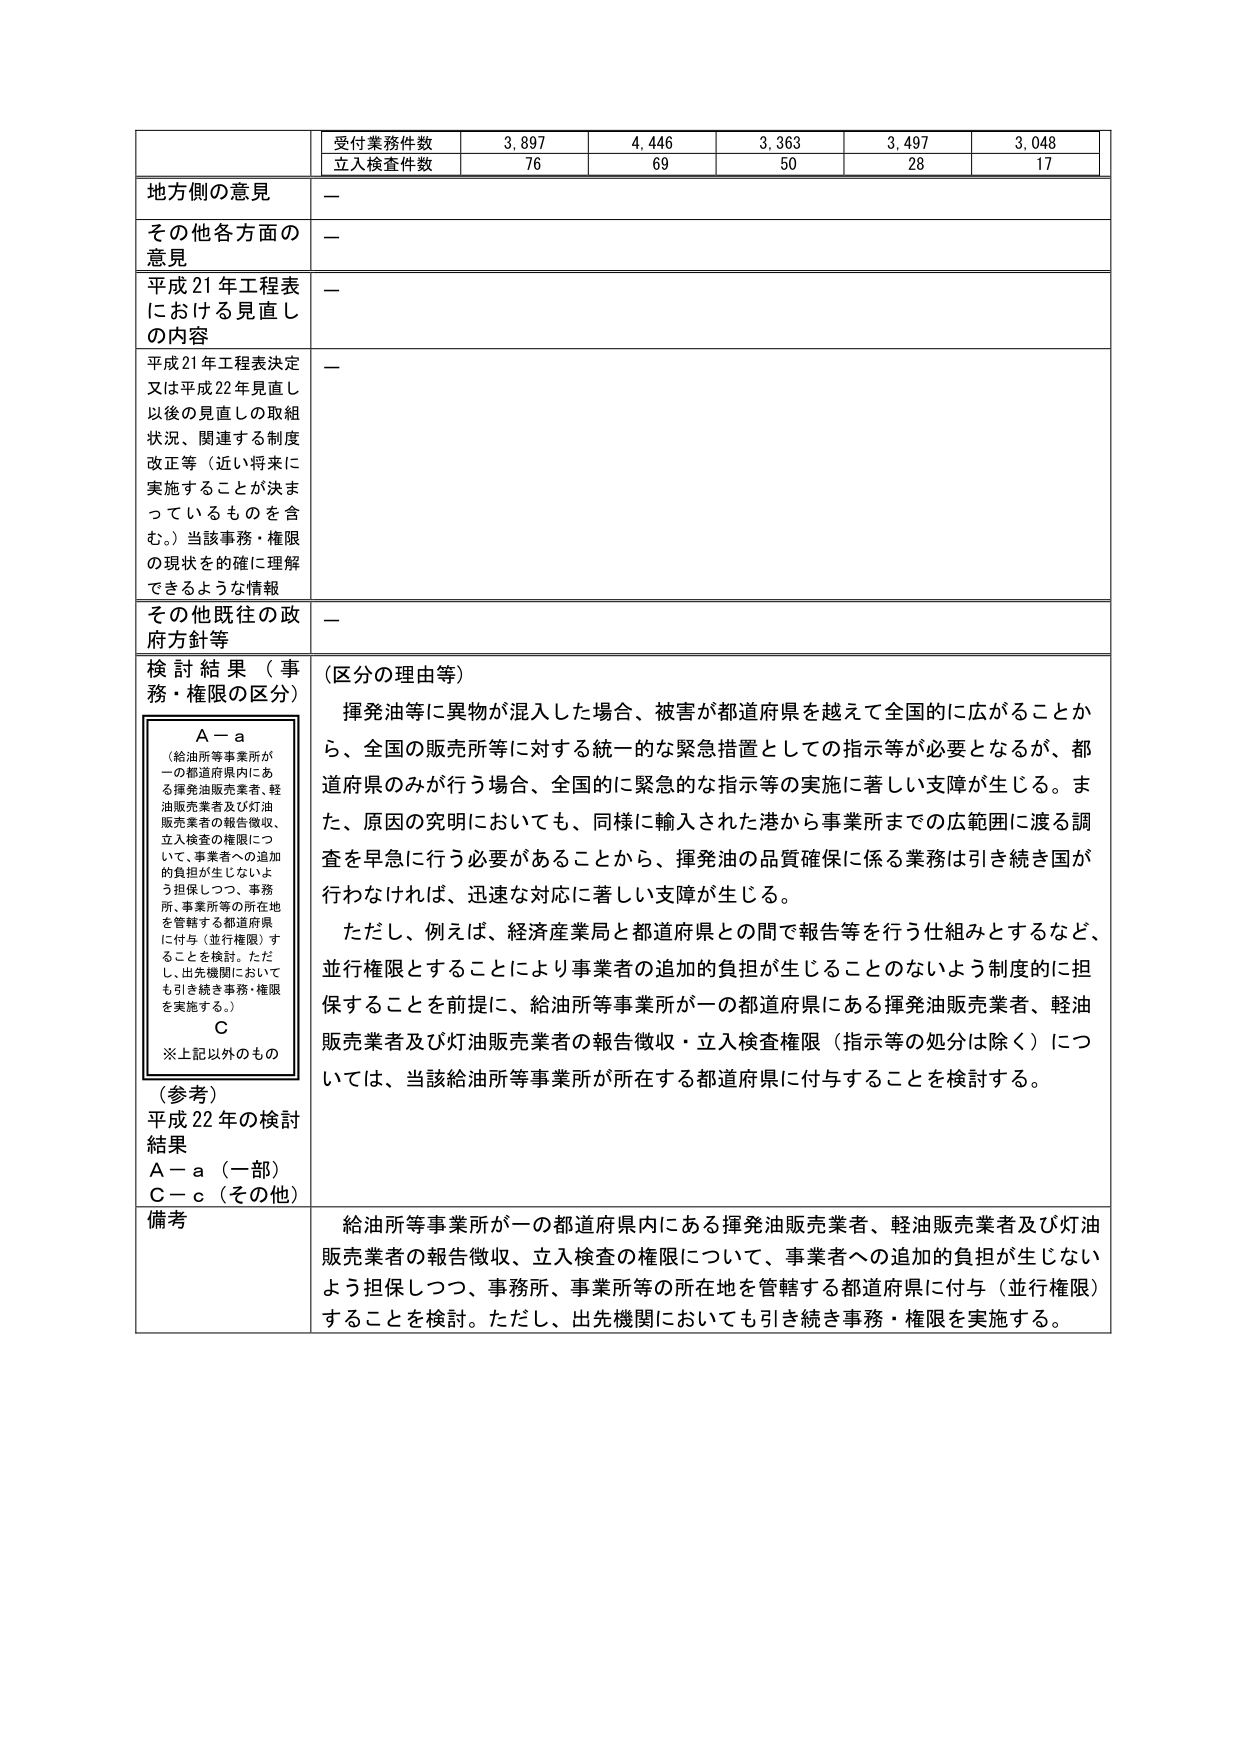
受付業務件数 3,897 4,446 3,363 3,497 3,048
立入検査件数 76 69 50 28 17

地方側の意見 —
その他各方面の意見 —
平成21年工程表における見直しの内容 —
平成21年工程表決定又は平成22年見直し以後の見直しの取組状況、関連する制度改正等（近い将来に実施することが決まっているものを含む。）当該事務・権限の現状を的確に理解できるような情報 —
その他既往の政府方針等 —
検討結果（事務・権限の区分）
A－a
（給油所等事業所が一の都道府県内にある揮発油販売業者、軽油販売業者及び灯油販売業者の報告徴収、立入検査の権限について、事業者への追加的負担が生じないよう担保しつつ、事務所、事業所等の所在地を管轄する都道府県に付与（並行権限）することを検討。ただし、出先機関においても引き続き事務・権限を実施する。）
C
※上記以外のもの
（参考）
平成22年の検討結果
A－a（一部）
C－c（その他）
（区分の理由等）
揮発油等に異物が混入した場合、被害が都道府県を越えて全国的に広がることから、全国の販売所等に対する統一的な緊急措置としての指示等が必要となるが、都道府県のみが行う場合、全国的に緊急的な指示等の実施に著しい支障が生じる。また、原因の究明においても、同様に輸入された港から事業所までの広範囲に渡る調査を早急に行う必要があることから、揮発油の品質確保に係る業務は引き続き国が行わなければ、迅速な対応に著しい支障が生じる。
ただし、例えば、経済産業局と都道府県との間で報告等を行う仕組みとするなど、並行権限とすることにより事業者への追加的負担が生じることのないよう制度的に担保することを前提に、給油所等事業所が一の都道府県にある揮発油販売業者、軽油販売業者及び灯油販売業者の報告徴収・立入検査権限（指示等の処分は除く）については、当該給油所等事業所が所在する都道府県に付与することを検討する。
備考
給油所等事業所が一の都道府県内にある揮発油販売業者、軽油販売業者及び灯油販売業者の報告徴収、立入検査の権限について、事業者への追加的負担が生じないよう担保しつつ、事務所、事業所等の所在地を管轄する都道府県に付与（並行権限）することを検討。ただし、出先機関においても引き続き事務・権限を実施する。